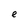
Character: e